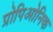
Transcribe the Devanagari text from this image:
प्रोपिओनिक